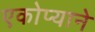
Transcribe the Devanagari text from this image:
एकोप्याने